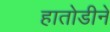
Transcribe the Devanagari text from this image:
हातोडीने